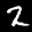
Label: 2